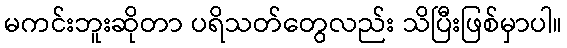
မကင်းဘူးဆိုတာ ပရိသတ်တွေလည်း သိပြီးဖြစ်မှာပါ။